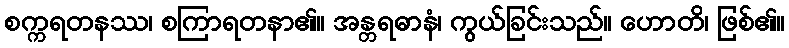
စက္ကရတနဿ၊ စကြာရတနာ၏။ အန္တရဓာနံ၊ ကွယ်ခြင်းသည်။ ဟောတိ၊ ဖြစ်၏။